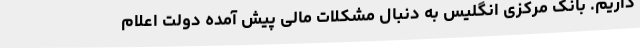
داریم. بانک مرکزی انگلیس به دنبال مشکلات مالی پیش آمده دولت اعلام